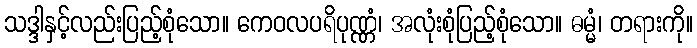
သဒ္ဒါနှင့်လည်းပြည့်စုံသော။ ကေဝလပရိပုဏ္ဏံ၊ အလုံးစုံပြည့်စုံသော။ ဓမ္မံ၊ တရားကို။